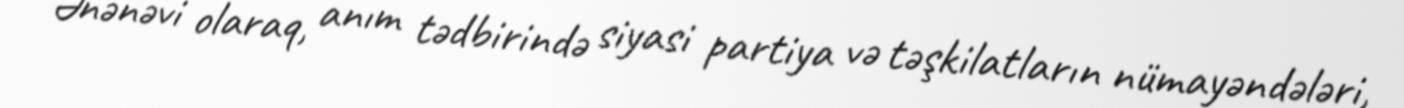
Ənənəvi olaraq, anım tədbirində siyasi partiya və təşkilatların nümayəndələri,